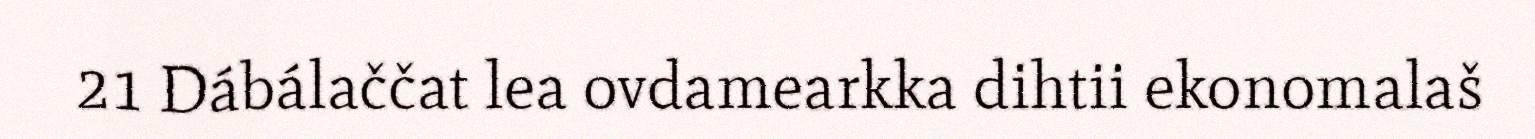
21 Dábálaččat lea ovdamearkka dihtii ekonomalaš